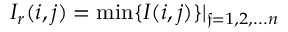
I _ { r } ( i , j ) = \operatorname* { m i n } \{ I ( i , j ) \} | _ { \mathfrak { f } = 1 , 2 , . . . n }